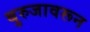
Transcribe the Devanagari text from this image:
बुरुजावरून